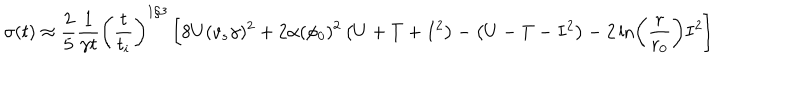
\sigma ( t ) \approx \frac { 2 } { 5 } \frac { 1 } { \gamma t } \left( \frac { t } { t _ { i } } \right) ^ { 1 / 3 } \left[ 8 U ( v _ { s } \gamma ) ^ { 2 } + 2 \alpha ( \phi _ { 0 } ) ^ { 2 } \left( U + T + I ^ { 2 } \right) - \left( U - T - I ^ { 2 } \right) - 2 \ln \left( \frac { r } { r _ { 0 } } \right) I ^ { 2 } \right]